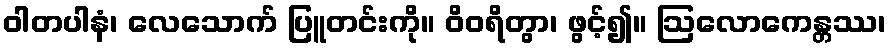
ဝါတပါနံ၊ လေသောက် ပြူတင်းကို။ ဝိဝရိတွာ၊ ဖွင့်၍။ ဩလောကေန္တဿ၊